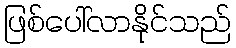
ဖြစ်ပေါ်လာနိုင်သည်